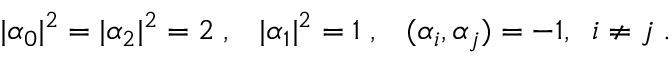
| \alpha _ { 0 } | ^ { 2 } = | \alpha _ { 2 } | ^ { 2 } = 2 \; , \; \; \; | \alpha _ { 1 } | ^ { 2 } = 1 \; , \; \; \; ( \alpha _ { i } , \alpha _ { j } ) = - 1 , \; \; i \neq j \; .